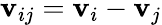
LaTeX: \mathbf{v}_{ij}=\mathbf{v}_{i}-\mathbf{v}_{j}